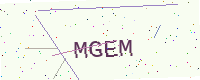
Text: MGEM